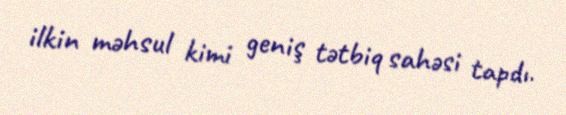
ilkin məhsul kimi geniş tətbiq sahəsi tapdı.